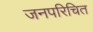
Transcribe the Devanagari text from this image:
जनपरिचित